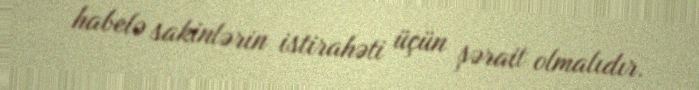
habelə sakinlərin istirahəti üçün şərait olmalıdır.